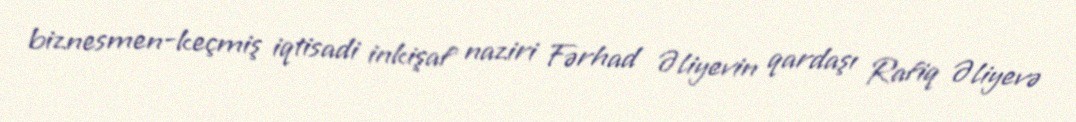
biznesmen-keçmiş iqtisadi inkişaf naziri Fərhad Əliyevin qardaşı Rafiq Əliyevə